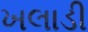
ખલાડી